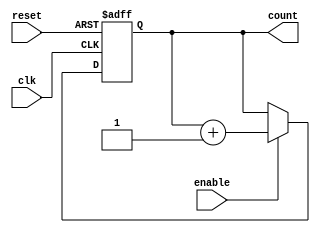
module cascaded_counter (
    input wire clk,        // Clock signal
    input wire reset,      // Asynchronous reset
    input wire enable,     // Enable signal
    output reg [3:0] count // 4-bit output for the counter
);

    always @(posedge clk or posedge reset) begin
        if (reset) begin
            count <= 4'b0000; // Asynchronous reset to 0
        end else if (enable) begin
            count <= count + 1; // Increment the count on each clock cycle when enabled
        end
    end

endmodule